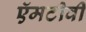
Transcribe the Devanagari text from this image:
ऍमटीवी